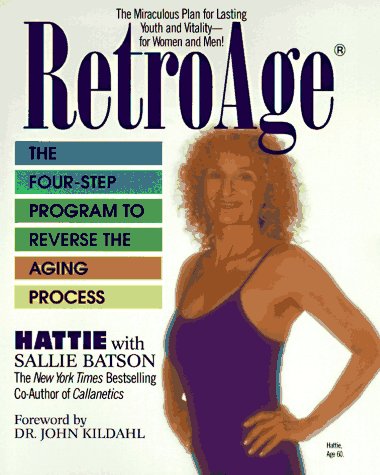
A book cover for Retro-Age: The Four-step Program to Reverse the Aging Process; Hattie Batson; Health, Fitness & Dieting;